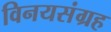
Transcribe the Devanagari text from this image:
विनयसंग्रह